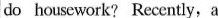
do housework? Recently, a